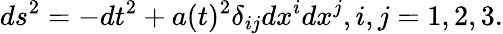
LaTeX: ds^{2}=-dt^{2}+a(t)^{2}\delta_{ij}dx^{i}dx^{j},i,j=1,2,3.